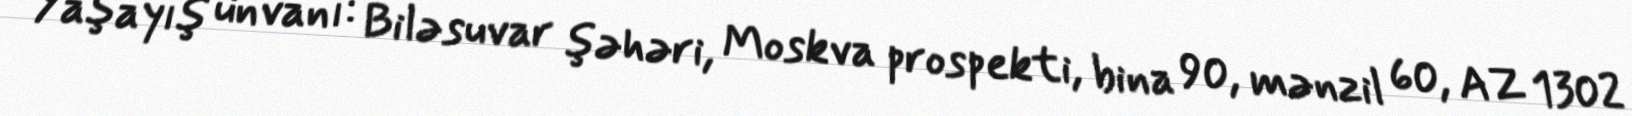
Yaşayış ünvanı: Biləsuvar şəhəri, Moskva prospekti, bina 90, mənzil 60, AZ 1302